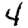
Digit: 4